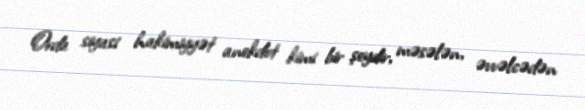
Orda siyasi hakimiyyət anekdot kimi bir şeydir, məsələn, əvvəlcədən